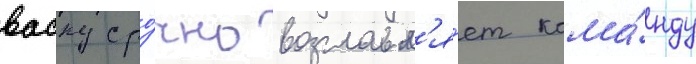
васку сро́чно возглавл'я́ет кома́нду